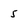
Character: 5